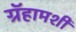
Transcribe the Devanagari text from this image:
ग्रॅहामशी